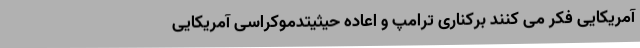
آمریکایی فکر می کنند برکناری ترامپ و اعاده حیثیتدموکراسی آمریکایی